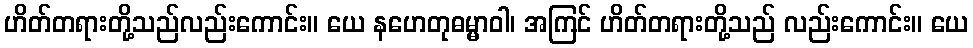
ဟိတ်တရားတို့သည်လည်းကောင်း။ ယေ နဟေတုဓမ္မာဝါ၊ အကြင် ဟိတ်တရားတို့သည် လည်းကောင်း။ ယေ